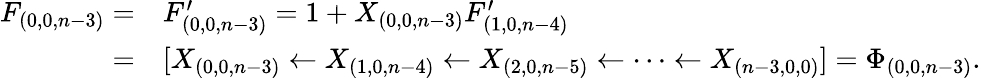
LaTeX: \begin{array}{rl}{F_{(0,0,n-3)}=}&{F_{(0,0,n-3)}^{\prime}=1+X_{(0,0,n-3)}F_{(1,0,n-4)}^{\prime}}\\ {=}&{[X_{(0,0,n-3)}\leftarrow X_{(1,0,n-4)}\leftarrow X_{(2,0,n-5)}\leftarrow\cdots\leftarrow X_{(n-3,0,0)}]=\Phi_{(0,0,n-3)}.}\end{array}